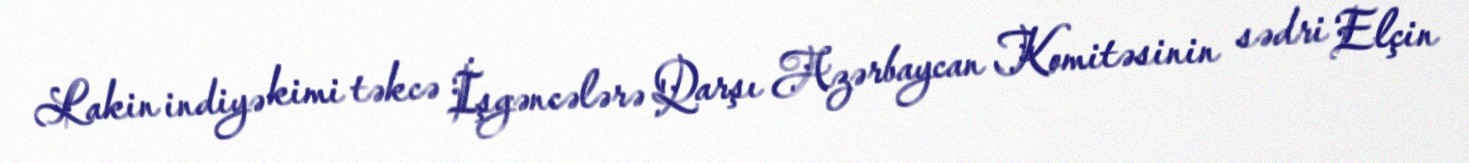
Lakin indiyə kimi təkcə İşgəncələrə Qarşı Azərbaycan Komitəsinin sədri Elçin